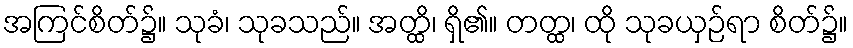
အကြင်စိတ်၌။ သုခံ၊ သုခသည်။ အတ္ထိ၊ ရှိ၏။ တတ္ထ၊ ထို သုခယှဉ်ရာ စိတ်၌။